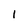
Character: 1